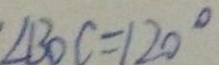
\angle B O C = 1 2 0 ^ { \circ }